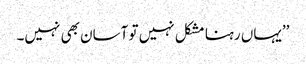
’’یہاں رہنا مشکل نہیں تو آسان بھی نہیں۔